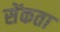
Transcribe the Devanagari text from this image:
सेंकता